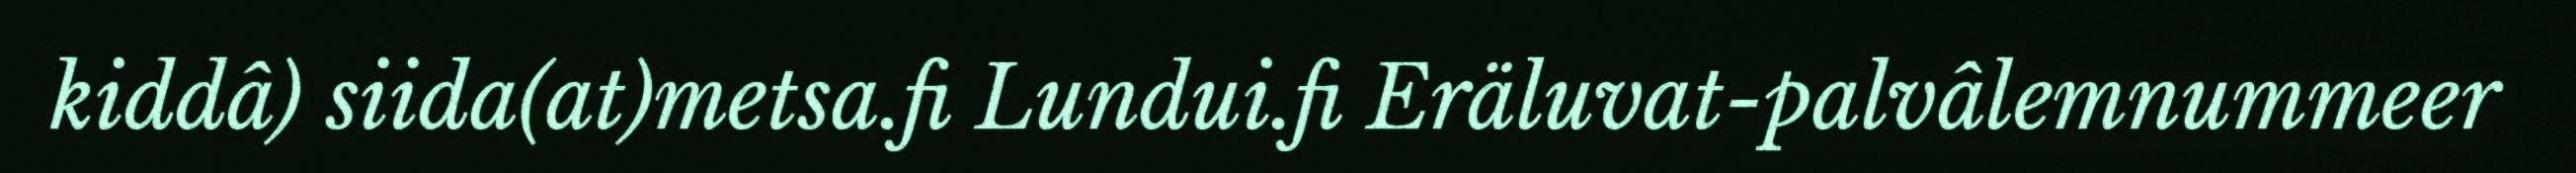
kiddâ) siida(at)metsa.fi Lundui.fi Eräluvat-palvâlemnummeer